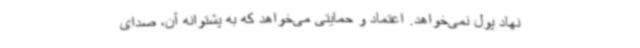
نهاد پول نمی‌خواهد. اعتماد و حمایتی می‌خواهد که به پشتوانه آن، صدای